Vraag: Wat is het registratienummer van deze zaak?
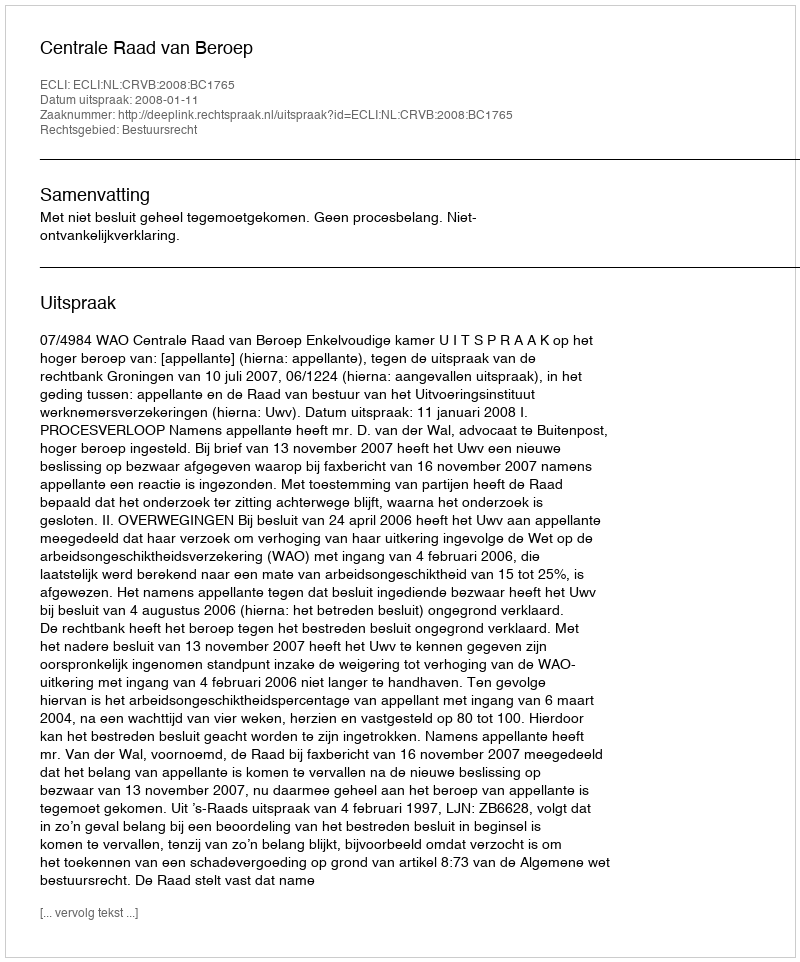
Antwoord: http://deeplink.rechtspraak.nl/uitspraak?id=ECLI:NL:CRVB:2008:BC1765